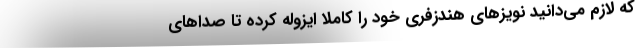
که لازم می‌دانید نویزهای هندزفری خود را کاملا ایزوله کرده تا صداهای